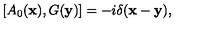
[ A _ { 0 } ( { \bf x } ) , G ( { \bf y } ) ] = - i \delta ( { \bf x - y } ) ,